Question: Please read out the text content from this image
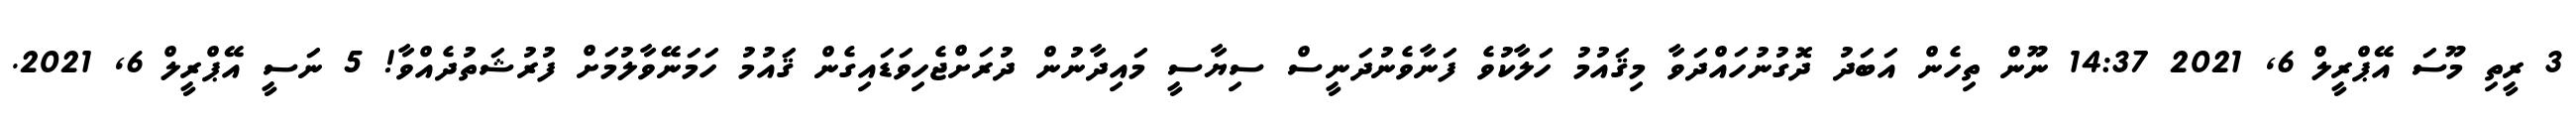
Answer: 3 ރީތި މޫސަ އޭޕްރީލް 6, 2021 14:37 ނޫން ތިހެން އަބަދު ދޮގުނުހައްދަވާ މިޤައުމު ހަލާކުވެ ފަނާވެނުދަނީސް ސިޔާސީ މައިދާނުން ދުރަށްޖެހިވަޑައިގެން ޤައުމު ހަމަނޭވާލުމަށް ފުރުޝަތުދެއްވާ! 5 ނަސީ އޭޕްރީލް 6, 2021.